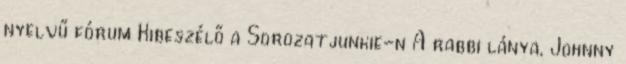
nyelvű fórum Kibeszélő a Sorozatjunkie-n A rabbi lánya, Johnny